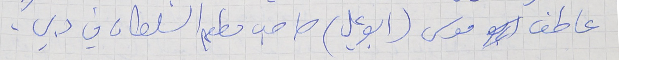
عاطف موسى (ابو علي) صاحب مطعم السلطان في دبي .